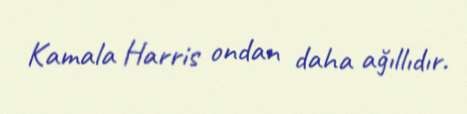
Kamala Harris ondan daha ağıllıdır.